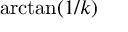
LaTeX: \arctan ( 1 / k )